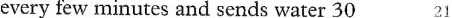
every few minutes and sends water 30 21